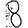
Digit: 8